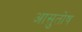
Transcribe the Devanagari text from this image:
आसुतोष